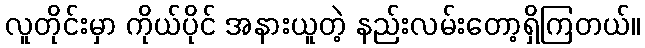
လူတိုင်းမှာ ကိုယ်ပိုင် အနားယူတဲ့ နည်းလမ်းတော့ရှိကြတယ်။